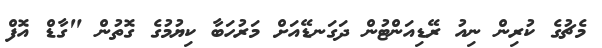
މެޗުގެ ކުރިން ނިއު ރޭޑިއަންޓުން ދަގަނޑޭއަށް މަރުހަބާ ކިޔުމުގެ ގޮތުން "ގާޑް އޮފް